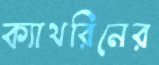
ক্যাথরিনের